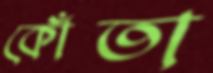
কোঁতা